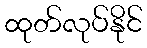
ထုတ်လုပ်နိုင်